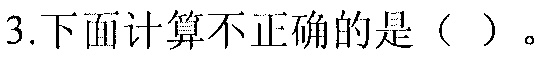
3.下面计算不正确的是（  ）。